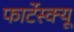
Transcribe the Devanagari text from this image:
फार्टेस्क्यू